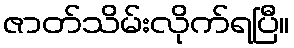
ဇာတ်သိမ်းလိုက်ရပြီ။